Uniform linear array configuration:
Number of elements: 12
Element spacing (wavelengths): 1
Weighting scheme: exponential
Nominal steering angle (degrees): -60
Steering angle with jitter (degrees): -61.672
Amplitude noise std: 0.05
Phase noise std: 0.05

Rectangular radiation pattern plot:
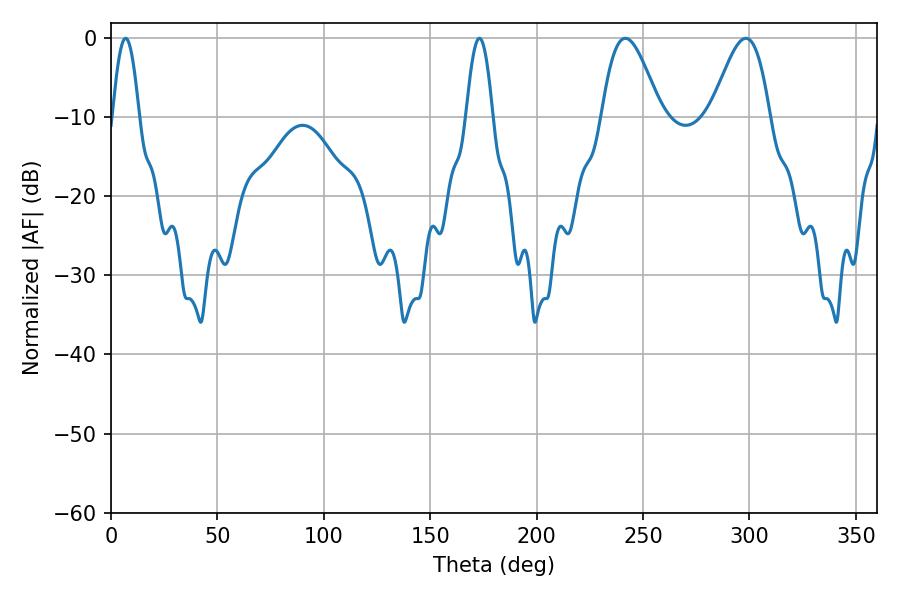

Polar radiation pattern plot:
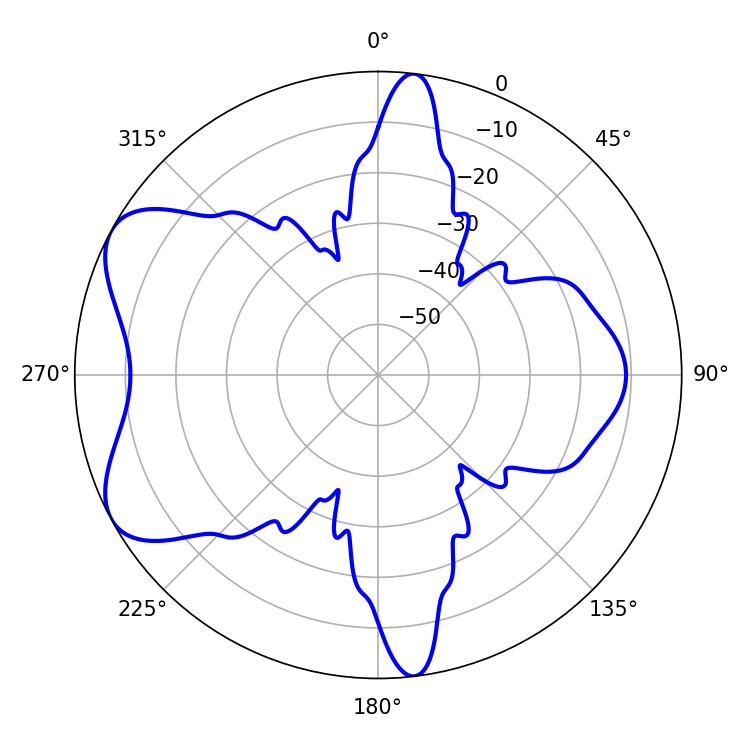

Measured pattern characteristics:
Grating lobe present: TRUE
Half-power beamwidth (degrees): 14.76
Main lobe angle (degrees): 241.74